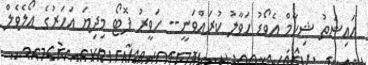
އައިޝަތު ޝިހާމް އެވޯޑު ހަވާލު ކުރައްވަނީ-- ހަވީރު ފޮޓޯ މިދިޔަ އަހަރުގެ އޯލެވެލް